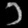
Digit: ၁